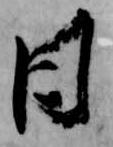
日